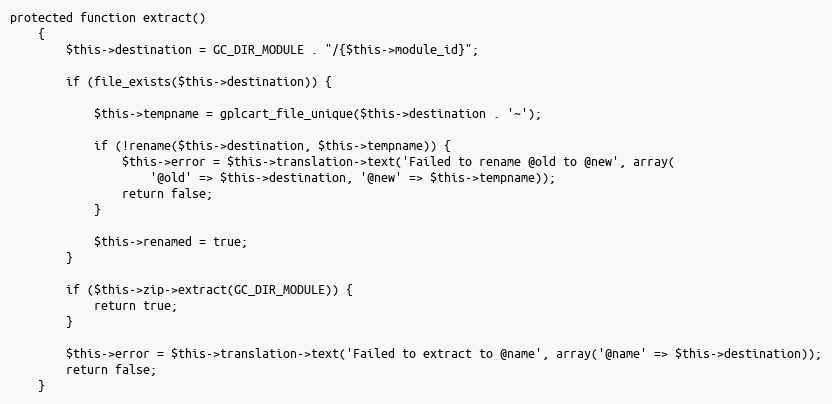
Language: PHP
protected function extract()
    {
        $this->destination = GC_DIR_MODULE . "/{$this->module_id}";

        if (file_exists($this->destination)) {

            $this->tempname = gplcart_file_unique($this->destination . '~');

            if (!rename($this->destination, $this->tempname)) {
                $this->error = $this->translation->text('Failed to rename @old to @new', array(
                    '@old' => $this->destination, '@new' => $this->tempname));
                return false;
            }

            $this->renamed = true;
        }

        if ($this->zip->extract(GC_DIR_MODULE)) {
            return true;
        }

        $this->error = $this->translation->text('Failed to extract to @name', array('@name' => $this->destination));
        return false;
    }